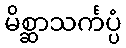
မိစ္ဆာသင်္ကပ္ပံ